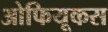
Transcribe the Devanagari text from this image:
ओफियूकस